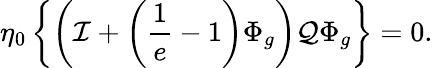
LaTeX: \eta_{0}\left\{ \left({\cal I}+\left(\frac{1}{e}-1\right)\Phi_{g}\right){\cal Q}\Phi_{g}\right\} =0.